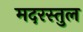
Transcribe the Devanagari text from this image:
मदरस्तुल